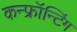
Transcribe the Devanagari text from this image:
कन्फ्रॉन्टिंग